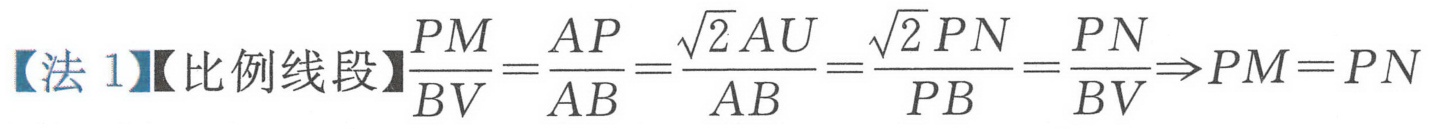
【法 1】【比例线段】$\frac{PM}{BV}=\frac{AP}{AB}=\frac{\sqrt{2}AU}{AB}=\frac{\sqrt{2}PN}{PB}=\frac{PN}{BV}\Rightarrow PM = PN$